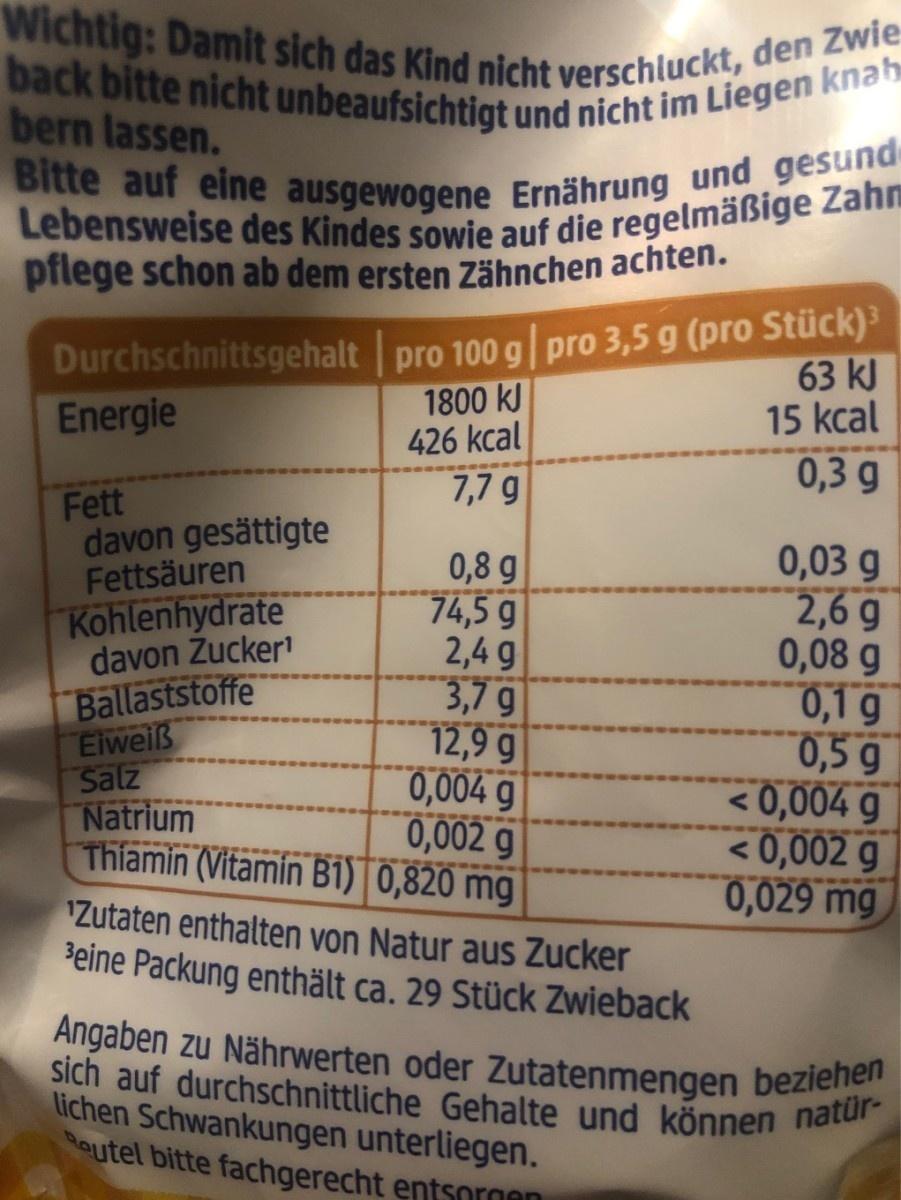
Wichtig: Damit sich das Kind nicht verschluckt, den Zwie back bitte nicht unbeaufsichtigt und nicht im Liegen knah bern lassen. Bitte auf eine ausgewogene Ernährung und gesund Lebensweise des Kindes sowie auf die regelmäßige Zahn pflege schon ab dem ersten Zähnchen achten. Durchschnittsgehalt pro 100 g| pro 3,5 g (pro Stück)³ 1800 kJ 426 kcal 63 kJ 15 kcal Energie 7,7 g 0,3 g Fett davon gesättigte Fettsäuren Kohlenhydrate davon Zucker Ballaststoffe Eiweiß Salz Natrium Thiamin (Vitamin B1) 0,820 mg 0,8 g 74,5 g 2,4 g 3,7 g 12,9 g 0,004 g 0,002 g 0,03 g 2,6 g 0,08 g 0,1 g 0,5g <0,004 g <0,002 g 0,029 mg IZutaten enthalten von Natur aus Zucker šeine Packung enthält ca. 29 Stück Zwieback Angaben zu Nährwerten oder Zutatenmengen beziehen sich auf durchschnittliche Gehalte und können natür- lichen Schwankungen unterliegen. outel bitte fachgerecht entsorgen